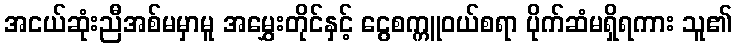
အငယ်ဆုံးညီအစ်မမှာမူ အမွှေးတိုင်နှင့် ငွေစက္ကူဝယ်စရာ ပိုက်ဆံမရှိရကား သူ၏